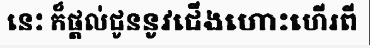
នេះ ក៏ផ្តល់ជូននូវជើងហោះហើរពី